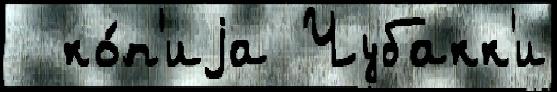
  ко́п'иjа Чубакк'и